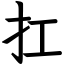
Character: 扛